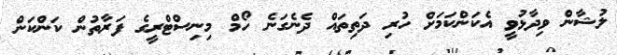
ލުޝާން ވިދާޅުވީ އެކަންކަމަށް ހުރި ދަތިތައް ދެނެގަނެ ހޯމް މިނިސްޓްރީގެ ފަރާތުން ކަންކަން